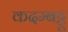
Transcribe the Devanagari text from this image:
कदम्बट्टू